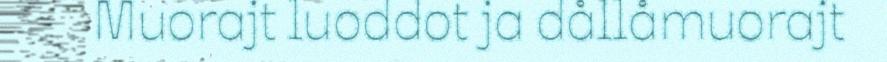
Muorajt luoddot ja dållåmuorajt